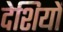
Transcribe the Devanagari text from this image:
देशियों